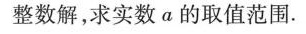
整数解，求实数a的取值范围.